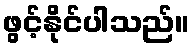
ဖွင့်နိုင်ပါသည်။